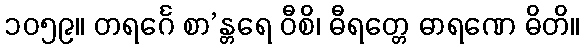
၁၀၅၉။ တရင်္ဂေ စာ’န္တရေ ဝီစိ၊ ဓီရတ္တေ ဓာရဏေ ဓိတိ။